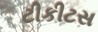
ટીકીટસ